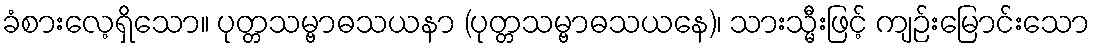
ခံစားလေ့ရှိသော။ ပုတ္တသမ္ဗာဓသယနာ (ပုတ္တသမ္ဗာဓသယနေ)၊ သားသ္မီးဖြင့် ကျဉ်းမြောင်းသော